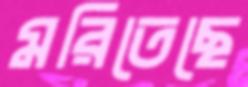
মরিতেছে